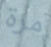
مرة